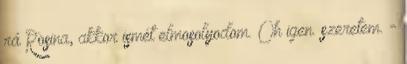
rá Rosina, akkor ismét elmosolyodom. Oh igen. szeretem. -